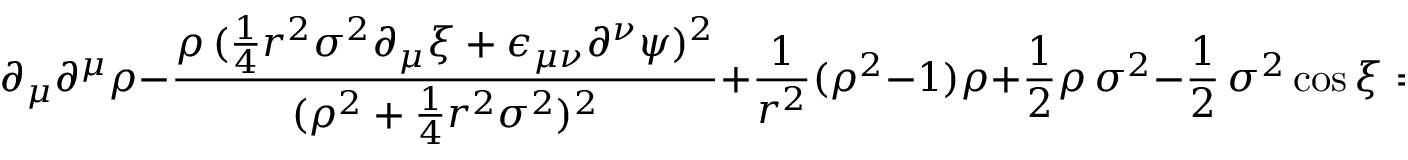
\partial _ { \mu } \partial ^ { \mu } \rho - \frac { \rho \, ( \frac { 1 } { 4 } r ^ { 2 } \sigma ^ { 2 } \partial _ { \mu } \xi + \epsilon _ { \mu \nu } \partial ^ { \nu } \psi ) ^ { 2 } } { ( \rho ^ { 2 } + \frac { 1 } { 4 } r ^ { 2 } \sigma ^ { 2 } ) ^ { 2 } } + \frac { 1 } { r ^ { 2 } } ( \rho ^ { 2 } - 1 ) \rho + \frac { 1 } { 2 } \rho \, \sigma ^ { 2 } - \frac { 1 } { 2 } \, \sigma ^ { 2 } \cos \xi = 0